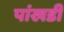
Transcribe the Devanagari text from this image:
पांखडी